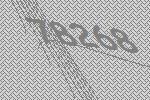
78268